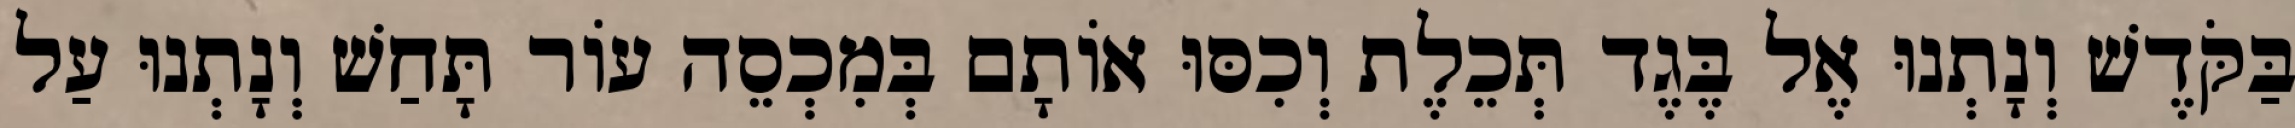
בַּקֹּדֶשׁ וְנָתְנוּ אֶל בֶּגֶד תְּכֵלֶת וְכִסּוּ אוֹתָם בְּמִכְסֵה עוֹר תָּחַשׁ וְנָתְנוּ עַל